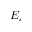
E _ { e }